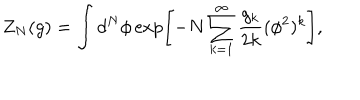
Z _ { N } ( g ) = \int d ^ { N } \phi \exp \left[ - N \sum _ { k = 1 } ^ { \infty } \frac { g _ { k } } { 2 k } ( \phi ^ { 2 } ) ^ { k } \right] ,